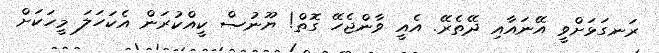
ރަނގަޅަށްވީ އޭނައާއި ދޭތެރޭ. އެއީ ވާންޖެހޭ ގޮތް! ޔޫނުސް ކީއްކުރަން އެކަހަލަ މީހަކަށް